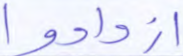
ازدادوا